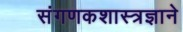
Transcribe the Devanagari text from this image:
संगणकशास्त्रज्ञाने